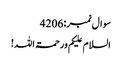
سوال نمبر:4206
السلام علیکم ورحمۃ اللہ!